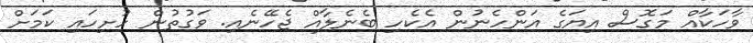
ވާހަކާއް މަގޮސް އިޔަގެ އަންހެނުން އެކެހި ބެނެލާއް ޖެހޭނެއި. ވަގުތުން ހުށިހައި ކަމަށް